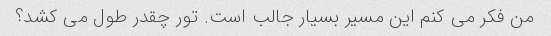
من فکر می کنم این مسیر بسیار جالب است. تور چقدر طول می کشد؟